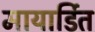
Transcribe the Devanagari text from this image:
मायार्डित